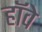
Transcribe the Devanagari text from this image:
हॉवे